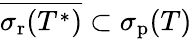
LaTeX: {\overline{{\sigma_{\mathrm{r}}(T^{*})}}}\subset\sigma_{\mathrm{p}}(T)